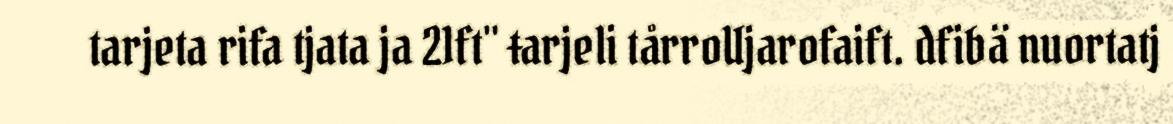
tarjeta rifa tjata ja 21ft" ŧarjeli tårroUjarofaift. dfibä nuortatj